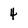
Character: 4